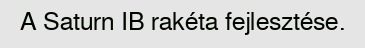
A Saturn IB rakéta fejlesztése.